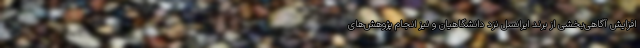
افزایش آگاهی‌بخشی از برند ایرانسل نزد دانشگاهیان و نیز انجام پژوهش‌های